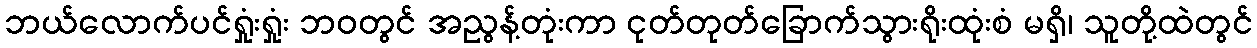
ဘယ်လောက်ပင်ရှုံးရှုံး ဘဝတွင် အညွန့်တုံးကာ ငုတ်တုတ်ခြောက်သွားရိုးထုံးစံ မရှိ၊ သူတို့ထဲတွင်